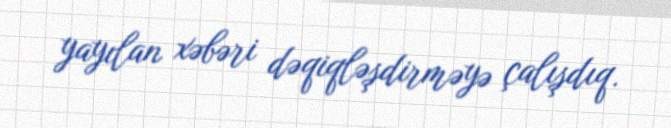
yayılan xəbəri dəqiqləşdirməyə çalışdıq.